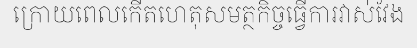
ក្រោយពេលកើតហេតុសមត្ថកិច្ចធ្វើការវាស់វែង